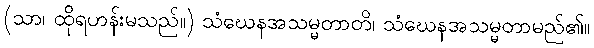
(သာ၊ ထိုရဟန်းမသည်။) သံဃေနအသမ္မတာတိ၊ သံဃေနအသမ္မတာမည်၏။